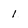
Character: 1